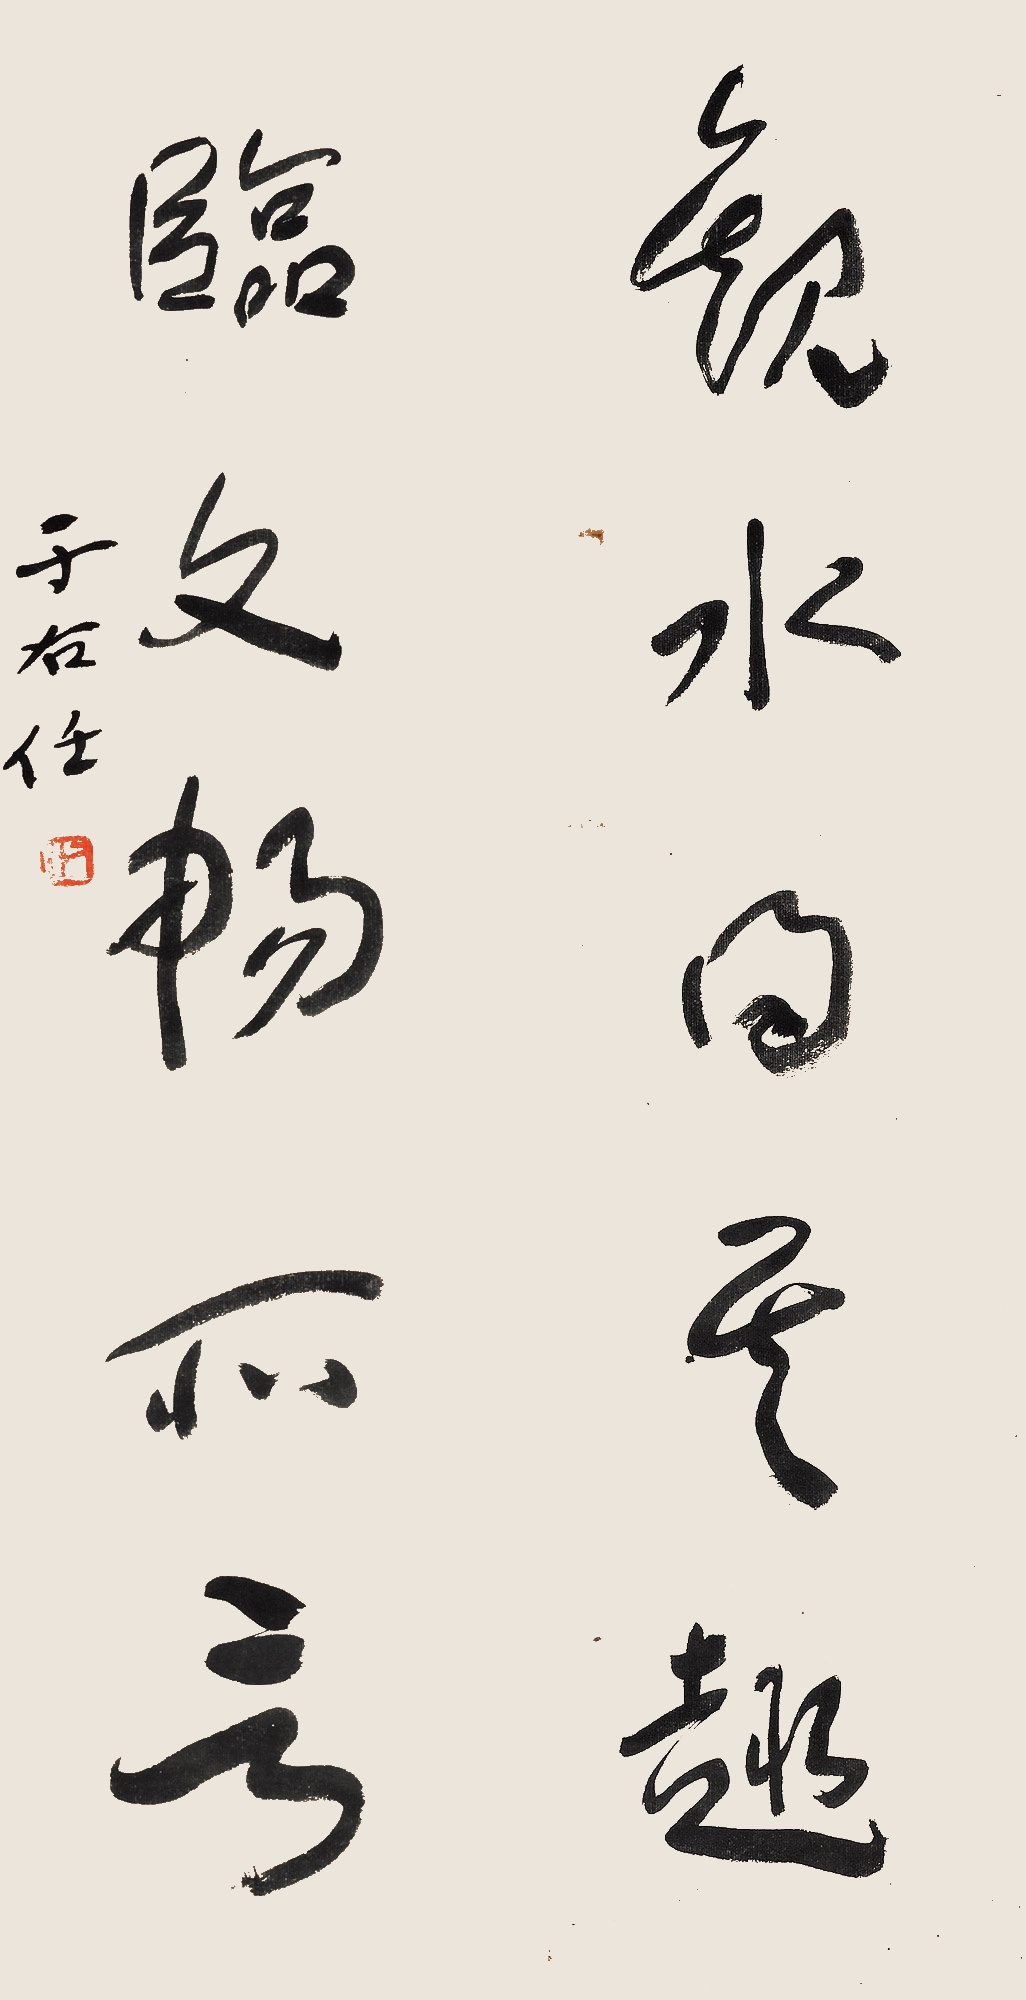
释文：观水得其趣，临文畅所言。于右任。